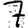
Digit: 7